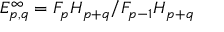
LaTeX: E _ { p , q } ^ { \infty } = F _ { p } H _ { p + q } / F _ { p - 1 } H _ { p + q }